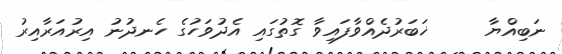
ނަބިއްޔާ     ޚަބަރުދެއްވާފައިވާ ގޮތުގައި އެދުވަހުގެ ހެނދުނު އިރުއަރާއިރު